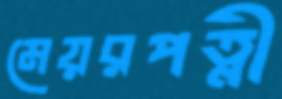
মেয়রপত্নী